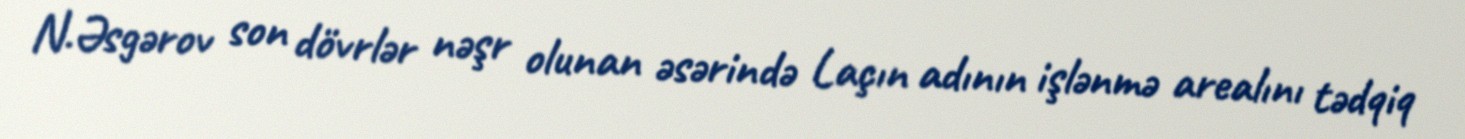
N.Əsgərov son dövrlər nəşr olunan əsərində Laçın adının işlənmə arealını tədqiq